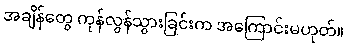
အချိန်တွေ ကုန်လွန်သွားခြင်းက အကြောင်းမဟုတ်။